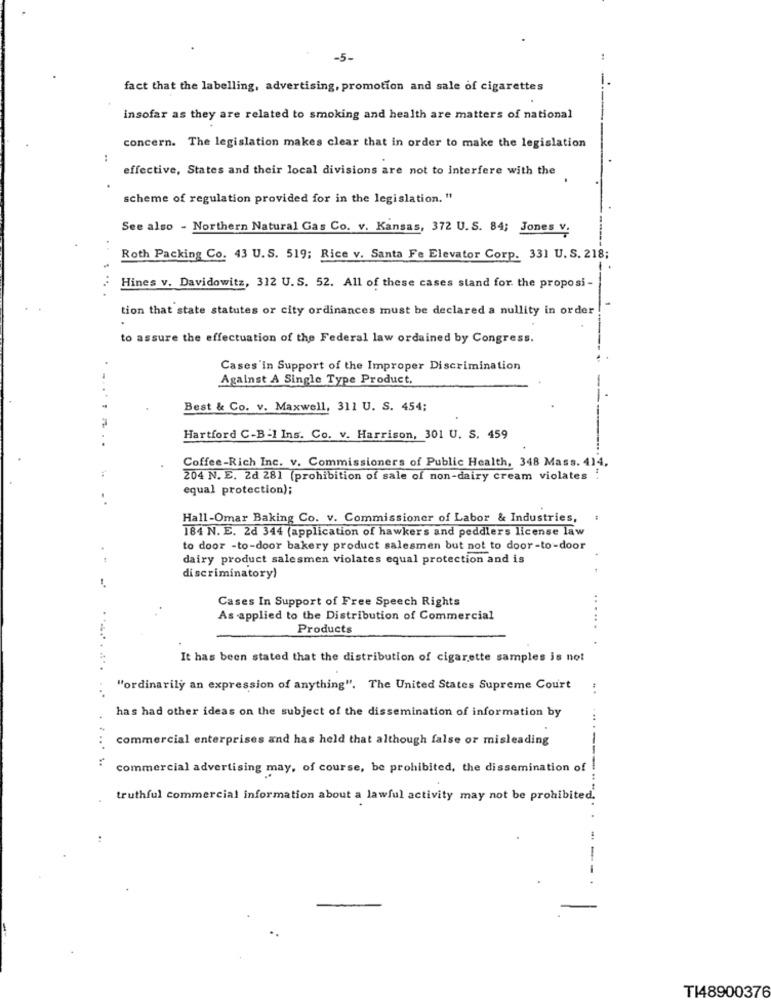
-5-
-
fact that the labelling, advertising, promotion and sale of cigarettes
insofar as they are related to smoking and health are matters of national
concern. The legislation makes clear that in order to make the legislation
:
effective, States and their local divisions are not to Interfere with the
scheme of regulation provided for in the legislation. "
See also - Northern Natural Gas Co. v. Kansas, 372 U.S. 84; Jones v.
Roth Packing Co. 43 U.S. 519; Rice v. Santa Fe Elevator Corp. 331 U. S. 218;
Hines v. Davidowitz, 312 U.S. 52. All of these cases stand for the proposi -
tion that state statutes or city ordinances must be declared a nullity in order !
to assure the effectuation of the Federal law ordained by Congress.
Cases'in Support of the Improper Discrimination
Against A Single Type Product,
Best & Co. v. Maxwell, 311 U. S. 454;
Hartford C-B-1 Ins. Co. v. Harrison, 301 U. S. 459
Coffee-Rich Inc. v. Commissioners of Public Health, 348 Mass. 414,
204 N. E. 2d 281 (prohibition of sale of non-dairy cream violates !
equal protection);
Hall-Omar Baking Co. v. Commissioner of Labor & Industries,
184 N. E. 2d 344 (application of hawkers and peddlers license law
to door -to-door bakery product salesmen but not to door-to-door
dairy product salesmen violates equal protection and is
discriminatory)
Cases In Support of Free Speech Rights
As applied to the Distribution of Commercial
Products
It has been stated that the distribution of cigarette samples is not
"ordinarily an expression of anything". The United States Supreme Court
has had other ideas on the subject of the dissemination of information by
commercial enterprises and has held that although false or misleading
commercial advertising may, of course, be prohibited, the dissemination of
truthful commercial information about a lawful activity may not be prohibited.
-
TI48900376